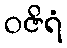
ဝဇိရံ